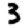
Digit: 3